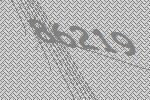
86219